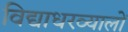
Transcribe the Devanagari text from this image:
विद्याधरव्यालों